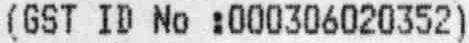
(GST ID NO :000306020352)